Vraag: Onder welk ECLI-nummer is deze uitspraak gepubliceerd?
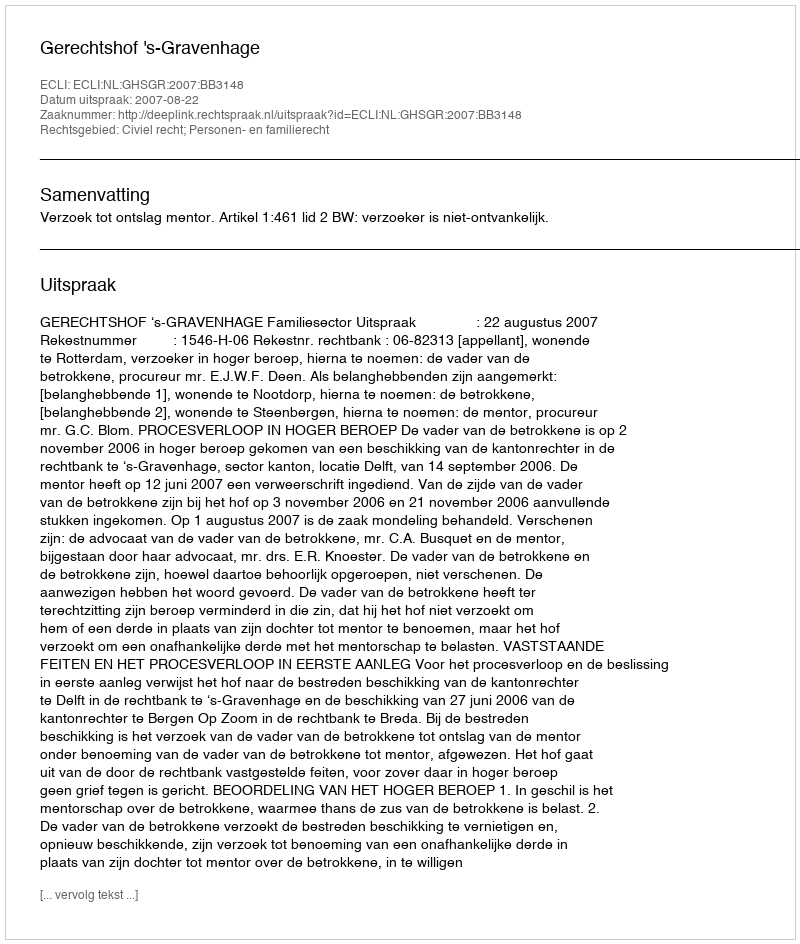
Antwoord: ECLI:NL:GHSGR:2007:BB3148